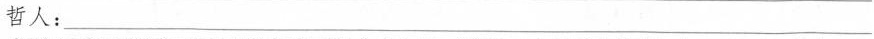
哲人;___